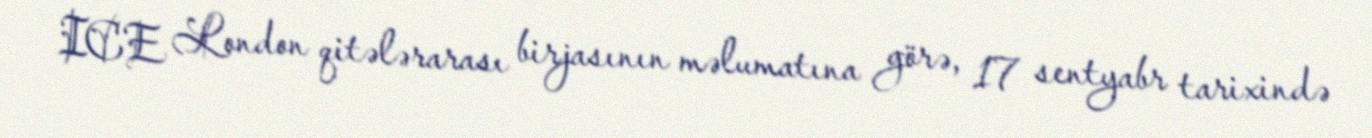
ICE London qitələrarası birjasının məlumatına görə, 17 sentyabr tarixində